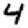
Digit: 4